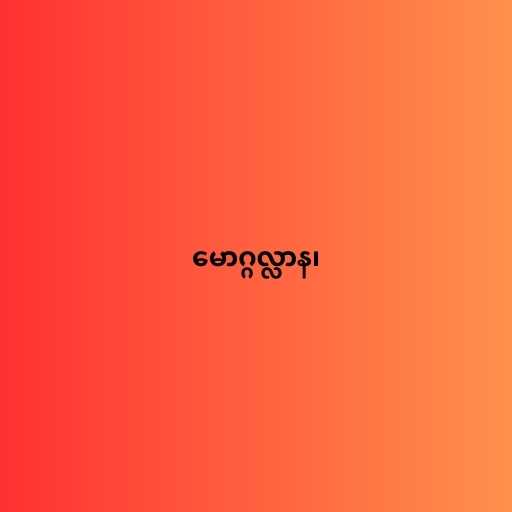
မောဂ္ဂလ္လာန၊